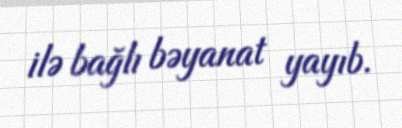
ilə bağlı bəyanat yayıb.